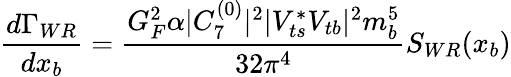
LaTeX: {\frac{d\Gamma_{WR}}{dx_{b}}}={\frac{G_{F}^{2}\alpha|C_{7}^{(0)}|^{2}|V_{ts}^{*}V_{tb}|^{2}m_{b}^{5}}{32\pi^{4}}}S_{WR}(x_{b})